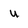
Character: U